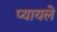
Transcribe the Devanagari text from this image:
प्यायले